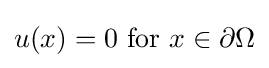
u(x)=0{\text{ for }}x\in \partial \Omega